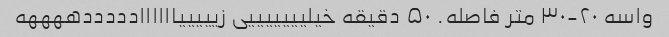
واسه ۲۰-۳۰ متر فاصله. ۵۰ دقیقه خیلیییییییی زیییییاااااادددددههههه